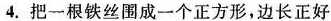
4.把一根铁丝围成一个正方形，边长正好